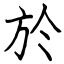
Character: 於